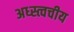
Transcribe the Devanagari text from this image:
अध्स्त्वचीय